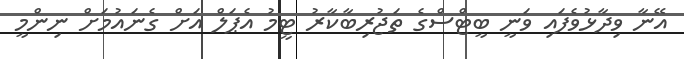
އޭނާ ވިދާޅުވެފައި ވަނީ ބީޓްސްގެ ތަޖުރިބާކާރު ޓީމު އެޕަލް އަށް ގެނައުމަށް ނިންމީ